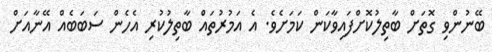
ބޭނުންވި ގޮތަށް ބާތިލުކޮށްފައިވާކަން ކަމަށެވެ. އެ އަމުރުތައް ބާތިލުކުރި އެހެން ސަބަބެއް އޭނާއަށް